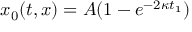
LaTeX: x _ { 0 } ( t , x ) = A ( 1 - e ^ { - 2 \kappa t _ { 1 } } )